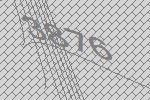
3876